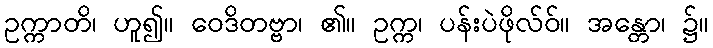
ဥက္ကာတိ၊ ဟူ၍။ ဝေဒိတဗ္ဗာ၊ ၏။ ဥက္က၊ ပန်းပဲဖိုလ်ဝ်။ အန္တော၊ ၌။